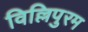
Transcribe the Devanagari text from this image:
विल्लिपुरम